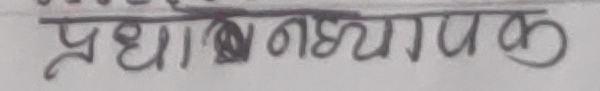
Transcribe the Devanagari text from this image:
प्रधानाध्यापक